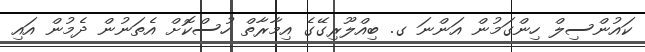
ކައުންސިލް ހިންގަމުން އަންނަ ގ. ބިއްލޫރިގޭގެ އިމާރާތް ހުސްކޮށް އެތަނުން ދެމުން އައި